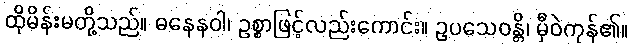
ထိုမိန်းမတို့သည်။ ဓနေနဝါ၊ ဥစ္စာဖြင့်လည်းကောင်း။ ဥပသေဝန္တိ၊ မှီဝဲကုန်၏။